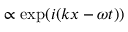
\propto \exp ( i ( k x - \omega t ) )